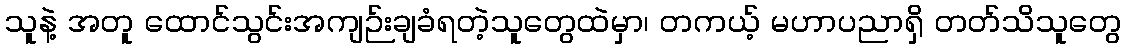
သူနဲ့ အတူ ထောင်သွင်းအကျဉ်းချခံရတဲ့သူတွေထဲမှာ၊ တကယ့် မဟာပညာရှိ တတ်သိသူတွေ